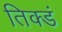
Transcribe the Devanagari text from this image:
तिक्डं